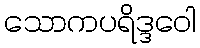
သောကပရိဒ္ဒဝေါ